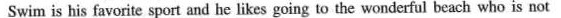
Swim is his favorite sport and he likes going to the wonderful beach who is not